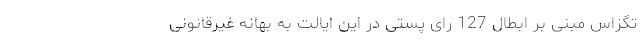
تگزاس مبنی بر ابطال 127 رای پُستی در این ایالت به بهانه غیرقانونی